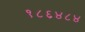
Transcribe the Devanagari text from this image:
१८६४८४